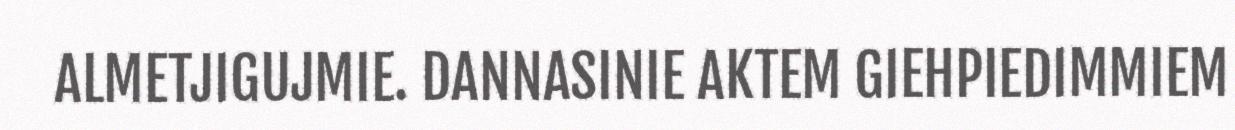
ALMETJIGUJMIE. DANNASINIE AKTEM GIEHPIEDIMMIEM